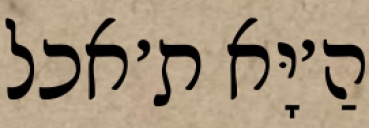
הַ׳יָּא ת׳אכל